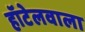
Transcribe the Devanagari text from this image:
हॉटेलवाला